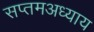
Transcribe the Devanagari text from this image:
सप्तमअध्याय